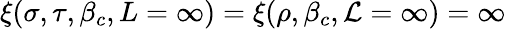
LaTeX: \xi(\sigma,\tau,\beta_{c},L=\infty)=\xi(\rho,\beta_{c},\mathcal{L}=\infty)=\infty